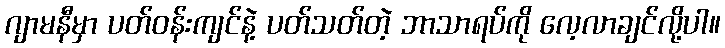
ဂျာမနီမှာ ပတ်ဝန်းကျင်နဲ့ ပတ်သတ်တဲ့ ဘာသာရပ်ကို လေ့လာချင်လို့ပါ။